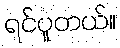
ရင်ပူတယ်။